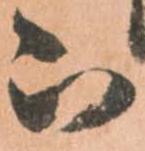
被